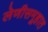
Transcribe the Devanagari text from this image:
लेणीसमूहात